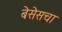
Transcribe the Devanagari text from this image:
बेसेसचा